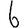
Digit: 6